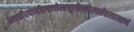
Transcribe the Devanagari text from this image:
भवत्तीरवानीरवातोत्थधूलीलवस्पर्शतस्तत्क्षणं